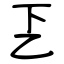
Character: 乤